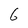
Character: 6